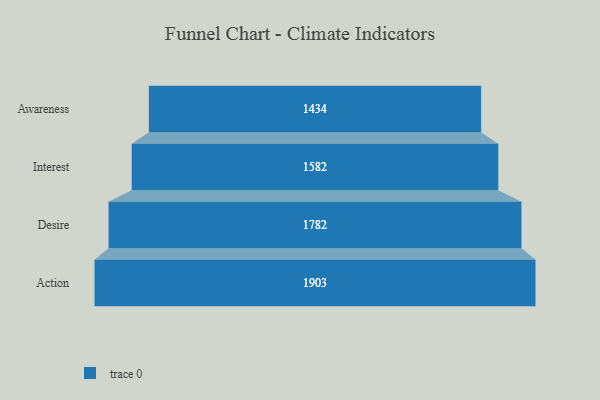
{"axis": {"x": "Stage", "y": "Value"}, "legend": [""], "data": [{"x": "Awareness", "y": 1434.0, "type": ""}, {"x": "Interest", "y": 1582.0, "type": ""}, {"x": "Desire", "y": 1782.0, "type": ""}, {"x": "Action", "y": 1903.0, "type": ""}]}